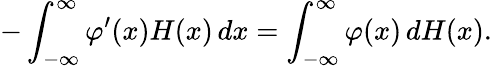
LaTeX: -\int_{-\infty}^{\infty}\varphi^{\prime}(x)H(x)\, dx=\int_{-\infty}^{\infty}\varphi(x)\, dH(x).